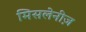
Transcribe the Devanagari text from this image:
मिसलेनीज़